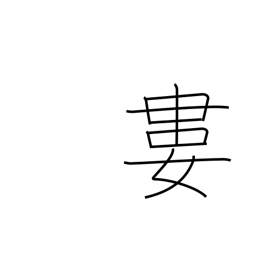
Meaning: tie